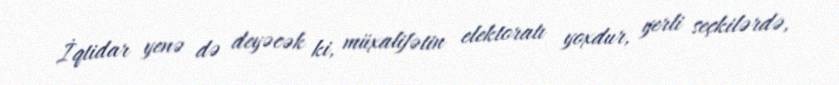
İqtidar yenə də deyəcək ki, müxalifətin elektoratı yoxdur, yerli seçkilərdə,